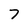
Character: 7